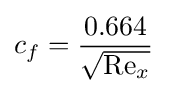
c_{f}={\frac {0.664}{\sqrt {\mathrm {Re} _{x}}}}\